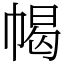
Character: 幆